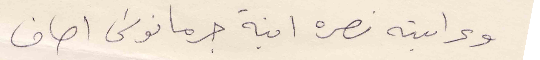
وعرابته نصره ابنة جرمانوس اصاف